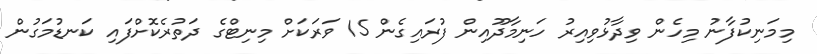
މިމަނިކުފާނު މިހެން ވިދާޅުވިއިރު ހަނިމާދޫއިން ފުރައިގެން 15 ވަރަކަށް މިނިޓްގެ ދަތުރެކޮށްފައި ކަނޑުމަގުން